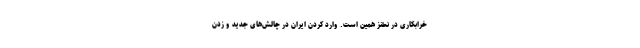
خرابکاری در نطنز همین است. وارد کردن ایران در چالش‌های جدید و زدن